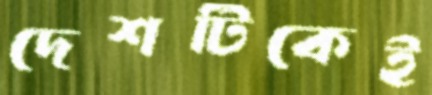
দেশটিকেই